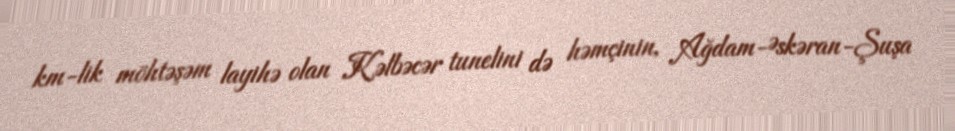
km-lik möhtəşəm layihə olan Kəlbəcər tunelini də həmçinin, Ağdam-Əskəran-Şuşa